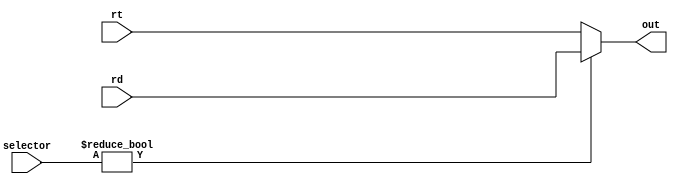
`timescale 1ns / 1ps
//////////////////////////////////////////////////////////////////////////////////
// Company: 
// Engineer: 
// 
// Design Name: 
// Module Name: Mux
// Project Name: 
// Target Devices: 
// Tool Versions: 
// Description: 
// 
// Dependencies: 
// 
// Revision:
// Revision 0.01 - File Created
// Additional Comments:
// 
//////////////////////////////////////////////////////////////////////////////////


module Mux(rd, rt, selector, out);

input [4:0] rd, rt;
input [1:0] selector;
output reg [4:0] out;

//mux on selector
always @ (selector or rd or rt)
begin
    out = (selector) ? rd : rt;
end
endmodule